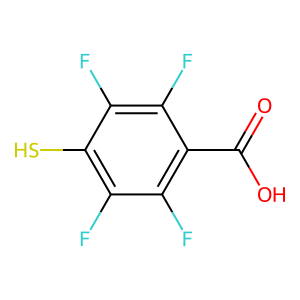
SMILES: O=C(O)c1c(F)c(F)c(S)c(F)c1F
Inhibits HIV replication: Yes